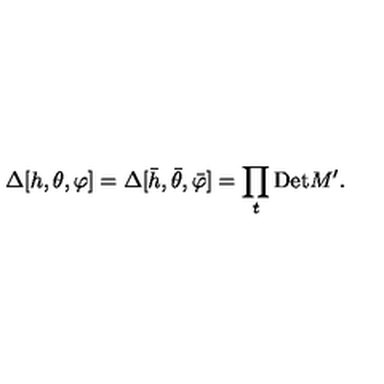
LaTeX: \Delta [ h , \theta , \varphi ] = \Delta [ \bar { h } , \bar { \theta } , \bar { \varphi } ] = \prod _ { t } \mathrm { D e t } M ^ { \prime } .